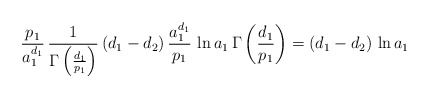
\begin{align*}\frac{p_1}{a_1^{d_1}} \, \frac{1}{\Gamma \left(\frac{d_1}{p_1}\right)} \, (d_1 - d_2) \, \frac{a_1^{d_1}}{p_1} \, \ln a_1 \, \Gamma \left(\frac{d_1}{p_1}\right)= (d_1 - d_2) \, \ln a_1\end{align*}